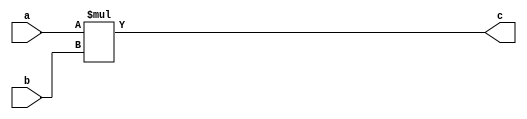
module multiplication (
    input  wire [ 7:0] a,  // 8-bit input
    input  wire [ 7:0] b,  // 8-bit input
    output wire [15:0] c
);  // 16-bit output
    assign c = a * b;
endmodule